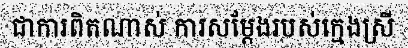
ជាការពិតណាស់ ការសម្តែងរបស់ក្មេងស្រី